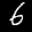
Label: 6